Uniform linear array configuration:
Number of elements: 48
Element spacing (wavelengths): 0.75
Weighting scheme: hann
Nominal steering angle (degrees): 15
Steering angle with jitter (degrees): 14.193
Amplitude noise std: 0.05
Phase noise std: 0.05

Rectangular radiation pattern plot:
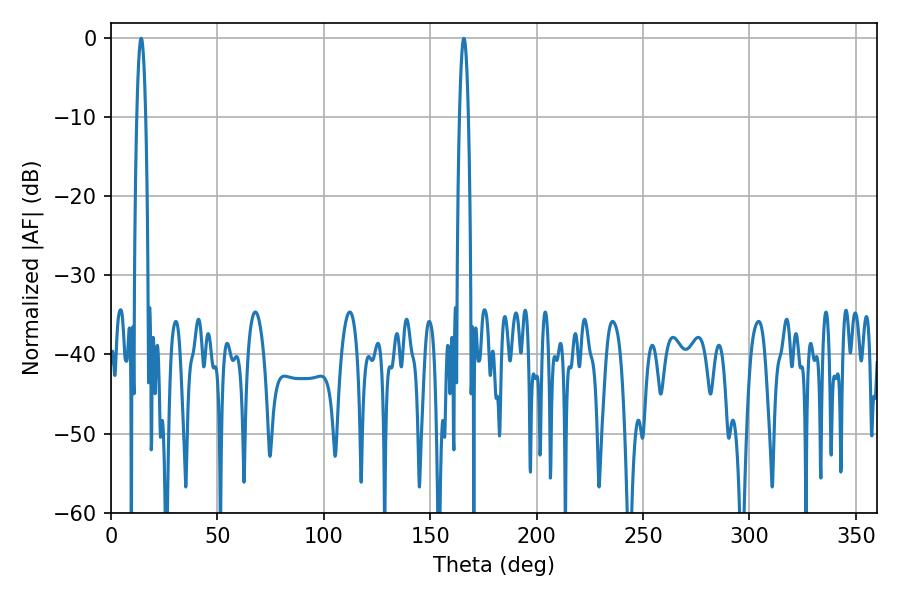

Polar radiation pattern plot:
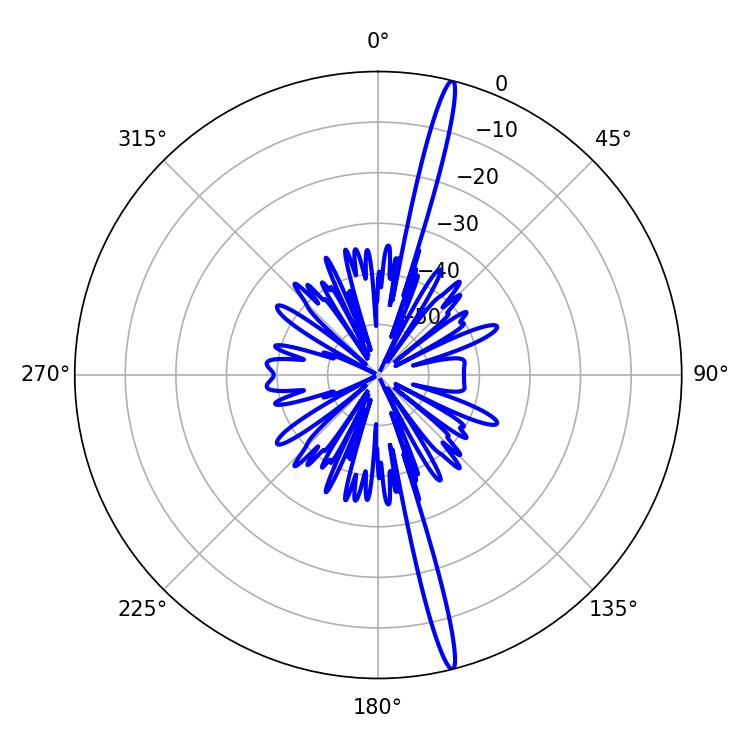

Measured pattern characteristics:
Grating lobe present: TRUE
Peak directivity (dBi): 19.683
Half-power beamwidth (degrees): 2.16
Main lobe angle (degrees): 14.22